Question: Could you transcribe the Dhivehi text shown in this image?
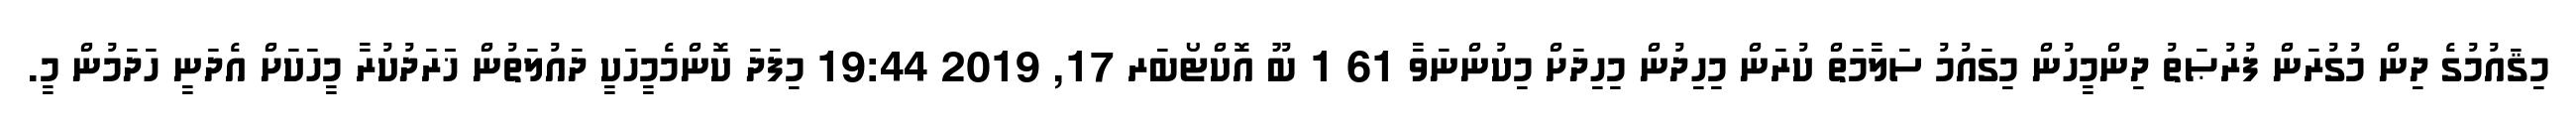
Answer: މިޤައުމުގެ ދިން މުގުރަން ފުރުޞަތު ދިންމީހުން މިގައުމު ސަލާމަތް ކުރަން މިހިދުން މިހިދަށް މިކުންނަވާ 61 1 ބޫ އޮކްޓޯބަރ 17, 2019 19:44 މިފަދަ ކޮންމެމީހަކީ ދައުލަތުން ޚަަރަދުކުރާ މީހަކަށް އެދަނީ ހަދަމުން މީ.